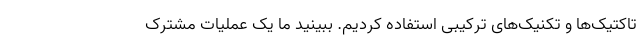
تاکتیک‌ها و تکنیک‌های ترکیبی استفاده کردیم. ببینید ما یک عملیات مشترک